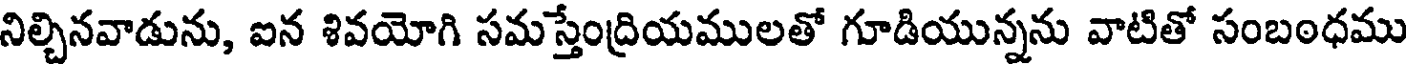
నిల్చినవాడును, ఐన శివయోగి సమస్తేంద్రియములతో గూడియున్నను వాటితో సంబంధము